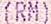
(RM)